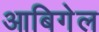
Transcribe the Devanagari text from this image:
आबिगेल